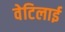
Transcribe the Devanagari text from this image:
वेटिलाई